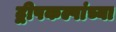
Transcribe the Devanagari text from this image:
द्वीपकल्पांच्या